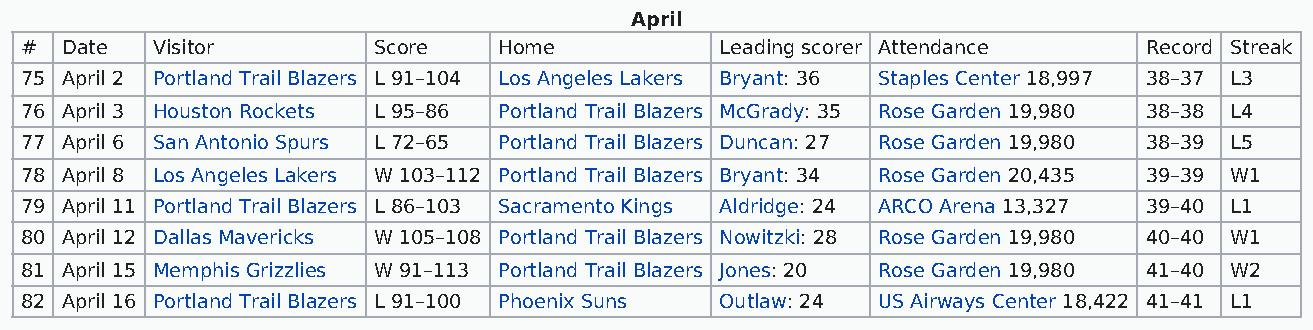
April
 #  Date  Visitor        Score   Home           Leading scorer Attendance   Record Streak
 75 April 2 Portland Trail Blazers L 91–104 Los Angeles Lakers Bryant: 36 Staples Center 18,997 38–37 L3
 76 April 3 Houston Rockets L 95–86 Portland Trail Blazers McGrady: 35 Rose Garden 19,980 38–38 L4
 77 April 6 San Antonio Spurs L 72–65 Portland Trail Blazers Duncan: 27 Rose Garden 19,980 38–39 L5
 78 April 8 Los Angeles Lakers W 103–112 Portland Trail Blazers Bryant: 34 Rose Garden 20,435 39–39 W1
 79 April 11 Portland Trail Blazers L 86–103 Sacramento Kings Aldridge: 24 ARCO Arena 13,327 39–40 L1
 80 April 12 Dallas Mavericks W 105–108 Portland Trail Blazers Nowitzki: 28 Rose Garden 19,980 40–40 W1
 81 April 15 Memphis Grizzlies W 91–113 Portland Trail Blazers Jones: 20 Rose Garden 19,980 41–40 W2
 82 April 16 Portland Trail Blazers L 91–100 Phoenix Suns Outlaw: 24 US Airways Center 18,422 41–41 L1